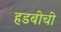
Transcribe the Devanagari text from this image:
हडबीची